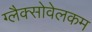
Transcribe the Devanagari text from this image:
ग्लैक्सोवेलकम